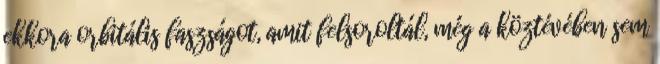
ekkora orbitális faszságot, amit felsoroltál, még a köztévében sem